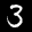
Label: 3